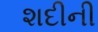
શદીની